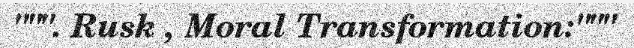
""". Rusk , Moral Transformation:"""